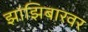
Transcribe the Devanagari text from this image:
झांझिबारवर